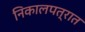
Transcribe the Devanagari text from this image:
निकालपत्रात